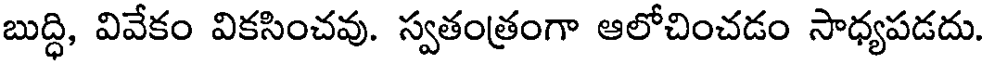
బుద్ధి, వివేకం వికసించవు. స్వతంత్రంగా ఆలోచించడం సాధ్యపడదు.